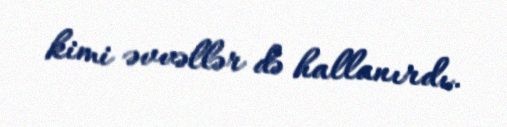
kimi əvvəllər də hallanırdı.